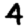
Digit: 4